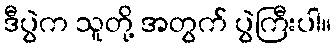
ဒီပွဲက သူတို့ အတွက် ပွဲကြီးပါ။